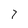
Character: 7